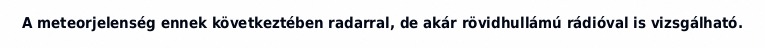
A meteorjelenség ennek következtében radarral, de akár rövidhullámú rádióval is vizsgálható.